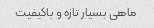
ماهی بسیار تازه و باکیفیت